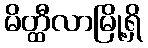
မိတ္ထီလာမြို့ရှိ